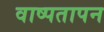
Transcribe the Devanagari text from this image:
वाष्पतापन